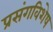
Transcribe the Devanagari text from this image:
प्रसंगविशेष